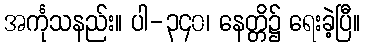
အင်္ကုသနည်း။ ပါ-၃၄၀၊ နေတ္တိ၌ ရေးခဲ့ပြီ။